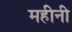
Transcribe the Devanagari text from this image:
महीनी